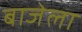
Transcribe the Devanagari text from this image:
बाजेला